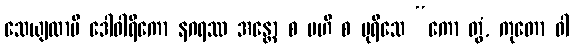
သေယျထာပိ ဒေါဝါရိကော နဂရဿ အန္တော စ ဗဟိ စ ပုရိသေ “ကော တွံ, ကုတော ဝါ